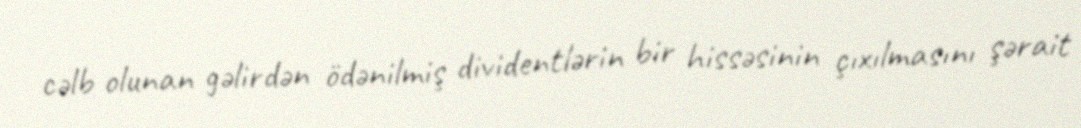
cəlb olunan gəlirdən ödənilmiş dividentlərin bir hissəsinin çıxılmasını şərait